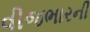
વીજભારની